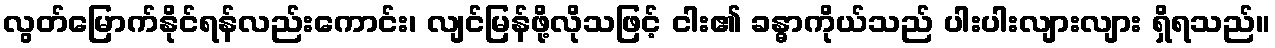
လွတ်မြောက်နိုင်ရန်လည်းကောင်း၊ လျင်မြန်ဖို့လိုသဖြင့် ငါး၏ ခန္ဓာကိုယ်သည် ပါးပါးလျားလျား ရှိရသည်။